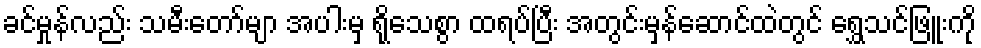
ခင်မှုန်လည်း သမီးတော်မျာ အပါးမှ ရိုသေစွာ ထရပ်ပြီး အတွင်းမှန်ဆောင်ထဲတွင် ရွှေသင်ဖြူးကို